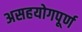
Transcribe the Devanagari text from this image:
असहयोगपूर्ण